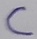
Text: C